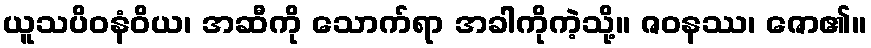
ယူသပိဝနံဝိယ၊ အဆီကို သောက်ရာ အခါကိုကဲ့သို့။ ဇဝနဿ၊ ဇော၏။